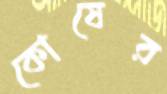
কোষের